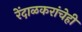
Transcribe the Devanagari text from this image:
रेंदाळकरांचेही